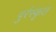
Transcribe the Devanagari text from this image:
पुर्रस्कृत